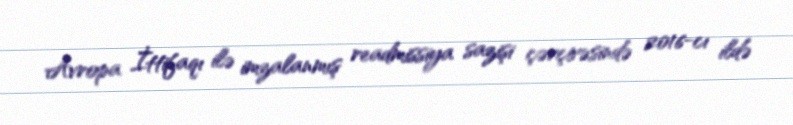
Avropa İttifaqı ilə imzalanmış readmissiya sazişi çərçivəsində 2016-cı ildə